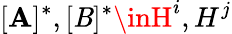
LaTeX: [\mathbf{A}]^{*},[\mathit{B}]^{*}\inH^{i},H^{j}